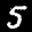
Label: 5